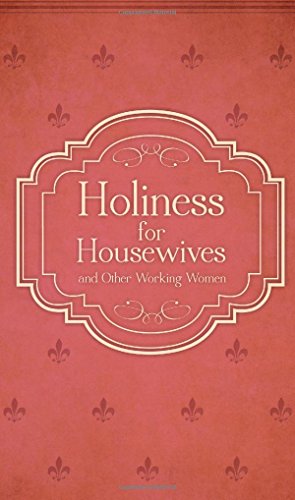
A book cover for Holiness for Housewives: And Other Working Women; Hubert van Zeller; Christian Books & Bibles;